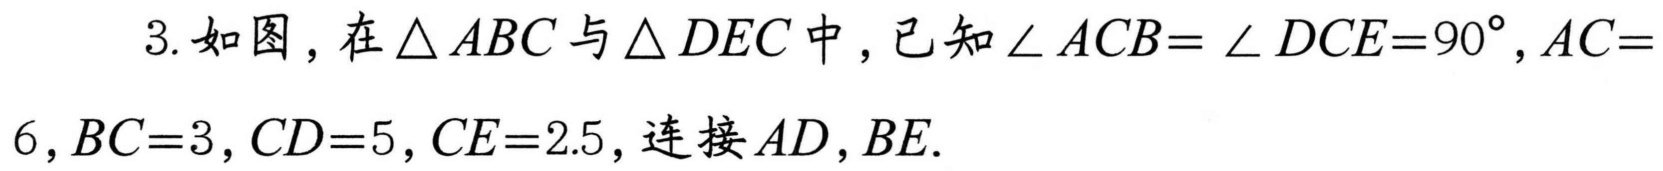
3. 如图，在\(\triangle ABC\)与\(\triangle DEC\)中，已知\(\angle ACB = \angle DCE = 90^{\circ}\)，\(AC = 6\)，\(BC = 3\)，\(CD = 5\)，\(CE = 2.5\)，连接\(AD\)，\(BE\).